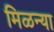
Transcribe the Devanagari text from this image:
मिळन्या